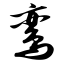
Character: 鸾